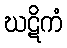
ဃဋိကံ